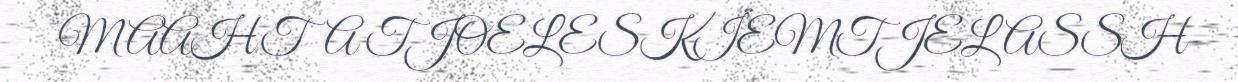
MAAHTA TJOELESKÏEMTJELASSH